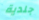
جلدية